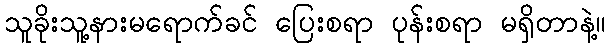
သူခိုးသူ့နားမရောက်ခင် ပြေးစရာ ပုန်းစရာ မရှိတာနဲ့။